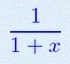
\frac{1}{1+x}